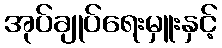
အုပ်ချုပ်ရေးမှူးနှင့်